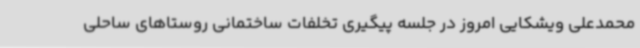
محمدعلی ویشکایی امروز در جلسه پیگیری تخلفات ساختمانی روستاهای ساحلی